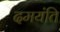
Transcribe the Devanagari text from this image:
दमयंति